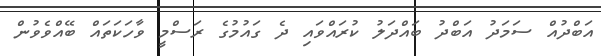
އަބްދުއް ސަމަދު އަބްދު ބައްދަލު ކުރައްވައި ދެ ގައުމުގެ ރަސްމީ ވާހަކަތައް ބޭއްވެވުން